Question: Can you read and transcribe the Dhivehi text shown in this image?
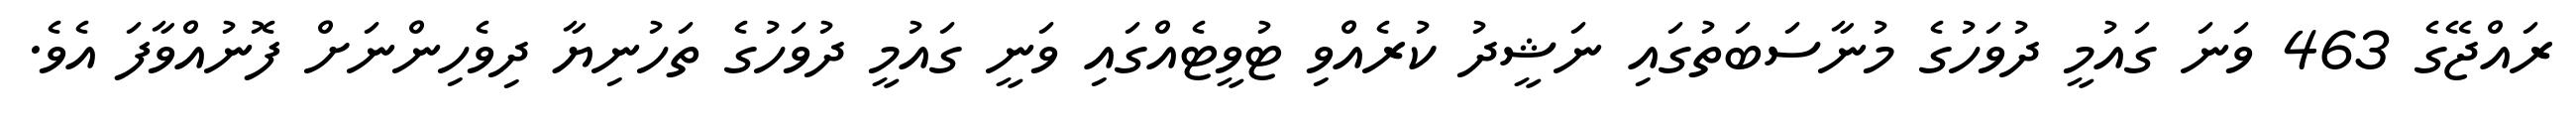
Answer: ރައްޖޭގެ 463 ވަނަ ގައުމީ ދުވަހުގެ މުނާސަބަތުގައި ނަޝީދު ކުރެއްވި ޓުވީޓެއްގައި ވަނީ ގައުމީ ދުވަހުގެ ތަހުނިޔާ ދިވެހިންނަށް ފޮނުއްވާފަ އެވެ.